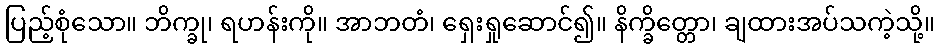
ပြည့်စုံသော။ ဘိက္ခု၊ ရဟန်းကို။ အာဘတံ၊ ရှေးရှုဆောင်၍။ နိက္ခိတ္တော၊ ချထားအပ်သကဲ့သို့။